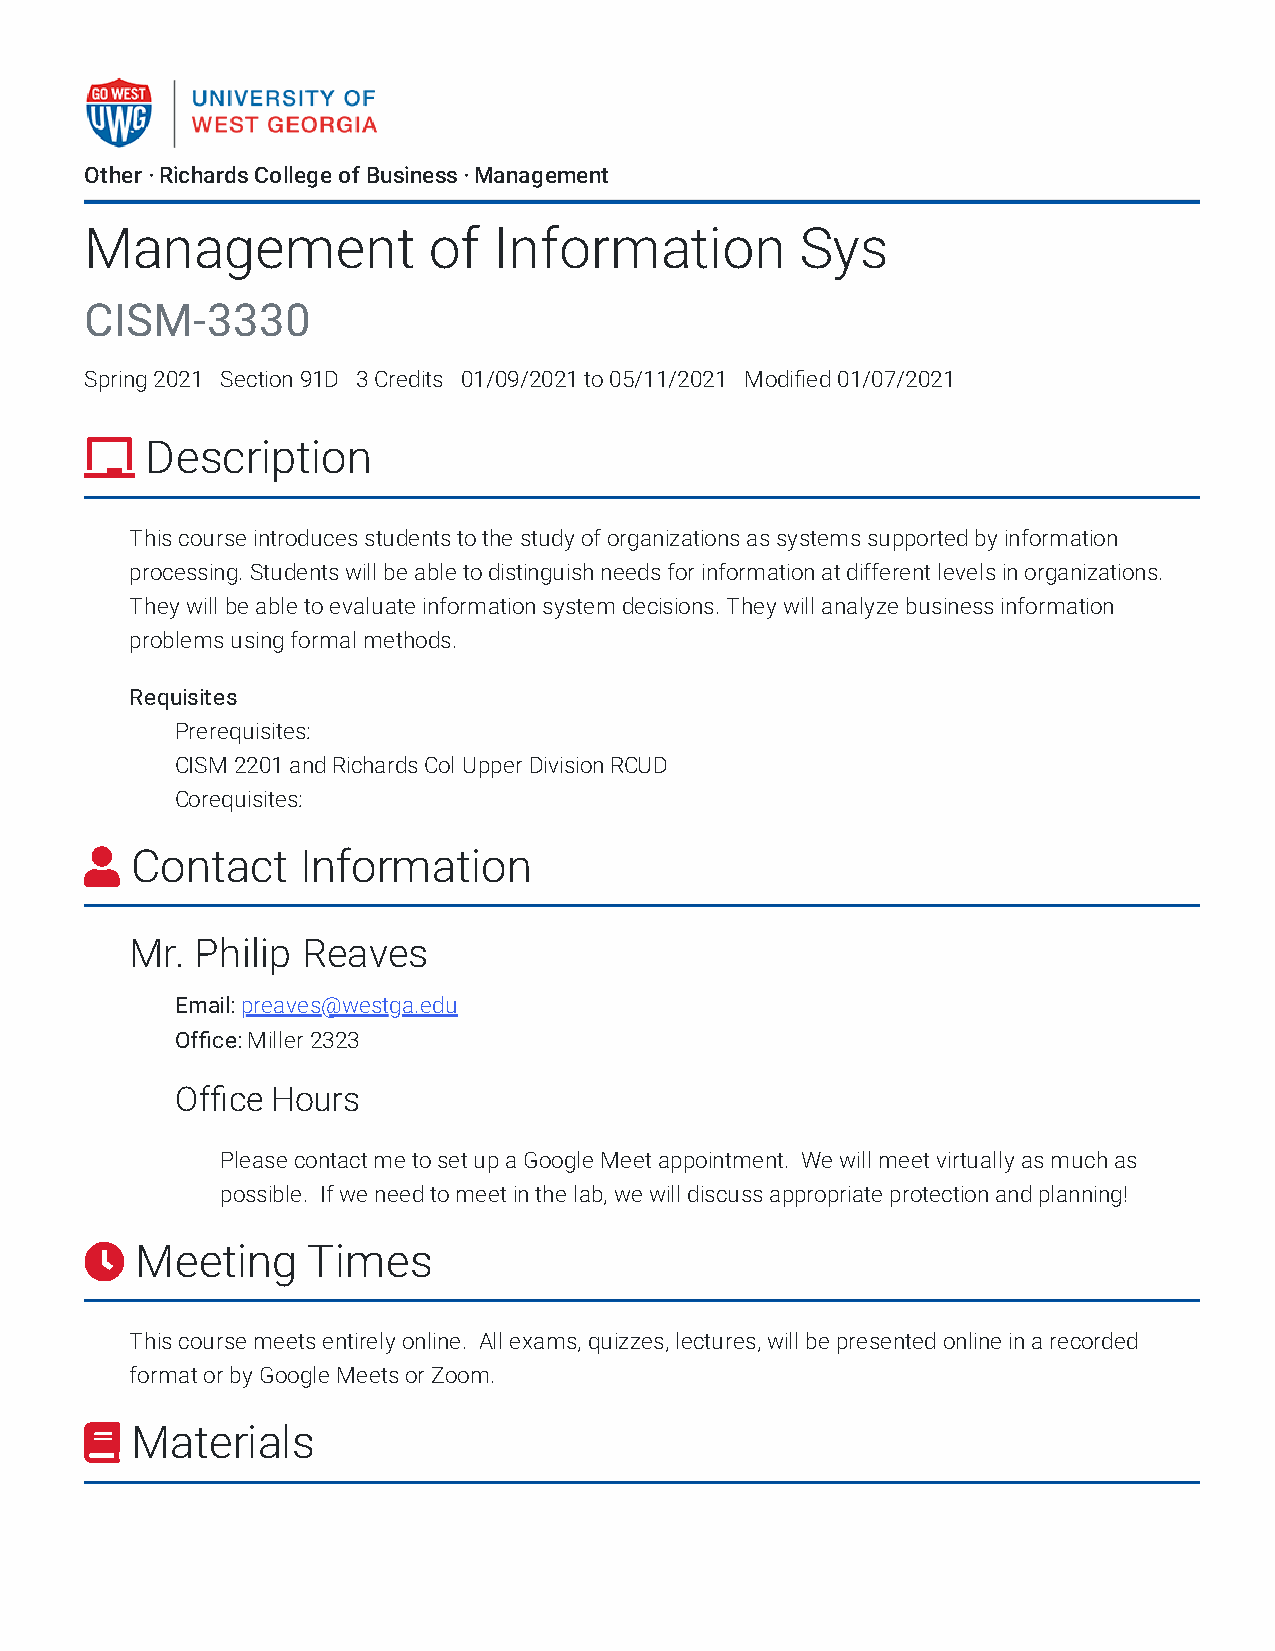
Other · Richards College of Business · Management
 Management            of   Information         Sys
 CISM-3330
 Spring 2021 Section 91D 3 Credits 01/09/2021 to 05/11/2021 Modified 01/07/2021
    Description
 This course introduces students to the study of organizations as systems supported by information
 processing. Students will be able to distinguish needs for information at different levels in organizations.
 They will be able to evaluate information system decisions. They will analyze business information
 problems using formal methods.
 Requisites
 Prerequisites:
 CISM 2201 and Richards Col Upper Division RCUD
 Corequisites:
   Contact    Information
 Mr. Philip Reaves
 Email: preaves@westga.edu
 Office: Miller 2323
 Office Hours
 Please contact me to set up a Google Meet appointment. We will meet virtually as much as
 possible. If we need to meet in the lab, we will discuss appropriate protection and planning!
   Meeting    Times
 This course meets entirely online. All exams, quizzes, lectures, will be presented online in a recorded
 format or by Google Meets or Zoom.
   Materials